Lunatic asylums Madras 1877-1891 - 1877-1891
Year: 1877
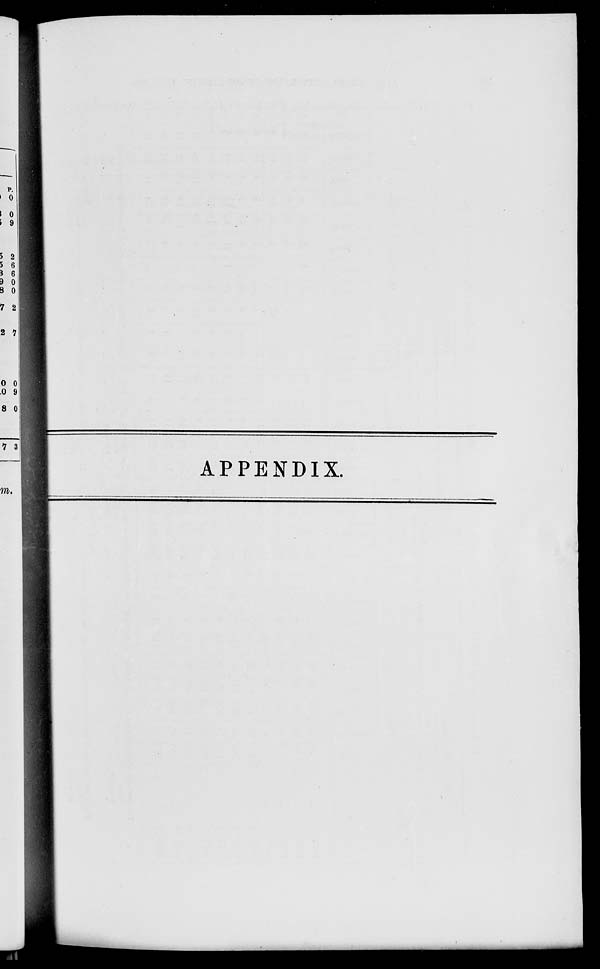
APPENDIX.